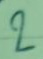
2